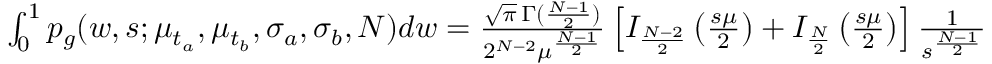
\begin{array} { r } { \int _ { 0 } ^ { 1 } p _ { g } ( w , s ; \mu _ { t _ { a } } , \mu _ { t _ { b } } , \sigma _ { a } , \sigma _ { b } , N ) d w = \frac { \sqrt { \pi } \, \Gamma ( \frac { N - 1 } { 2 } ) } { 2 ^ { N - 2 } \mu ^ { \frac { N - 1 } { 2 } } } \left[ I _ { \frac { N - 2 } { 2 } } \left( \frac { s \mu } { 2 } \right) + I _ { \frac { N } { 2 } } \left( \frac { s \mu } { 2 } \right) \right] \frac { 1 } { s ^ { \frac { N - 1 } { 2 } } } } \end{array}